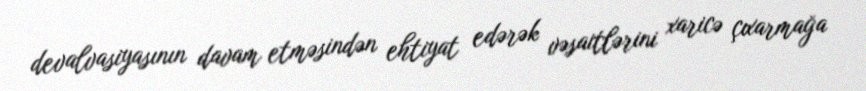
devalvasiyasının davam etməsindən ehtiyat edərək vəsaitlərini xaricə çıxarmağa